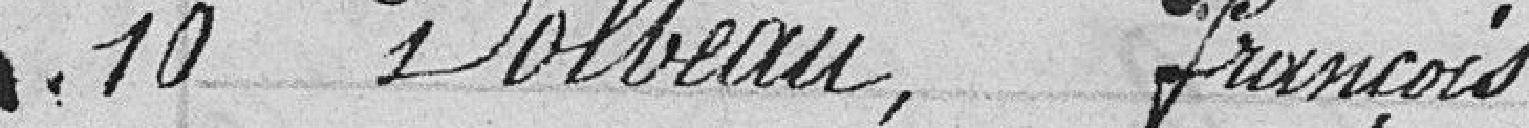
10 Dobleau, François